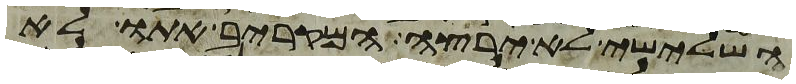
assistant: השלישי לא ירצה המקריב אתו לא